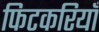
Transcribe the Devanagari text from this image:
फिटकरियाँ